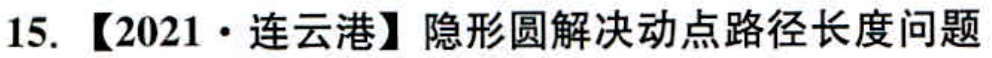
15. 【2021·连云港】隐形圆解决动点路径长度问题